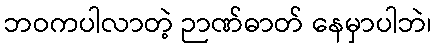
ဘဝကပါလာတဲ့ ဉာဏ်ဓာတ် နေမှာပါဘဲ၊